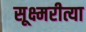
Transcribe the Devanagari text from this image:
सूक्ष्मरीत्या